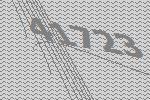
41723